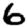
Digit: 6